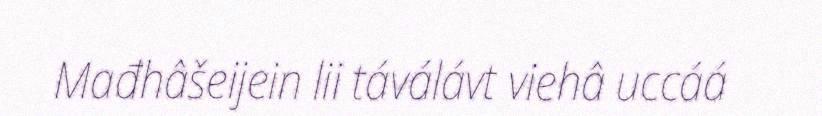
Mađhâšeijein lii táválávt viehâ uccáá